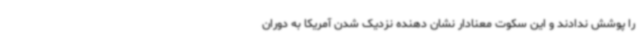
را پوشش ندادند و این سکوت معنادار نشان دهنده نزدیک شدن آمریکا به دوران